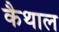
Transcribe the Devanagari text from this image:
कैथाल